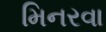
મિનરવા